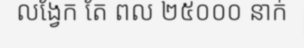
លង្វែក តែ ពល ២៥០០០ នាក់